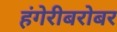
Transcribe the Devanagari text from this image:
हंगेरीबरोबर